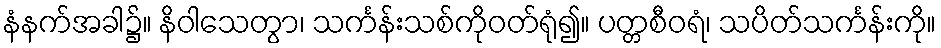
နံနက်အခါ၌။ နိဝါသေတွာ၊ သင်္ကန်းသစ်ကိုဝတ်ရုံ၍။ ပတ္တစီဝရံ၊ သပိတ်သင်္ကန်းကို။